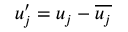
u _ { j } ^ { \prime } = u _ { j } - \overline { { u _ { j } } }